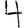
Digit: 4